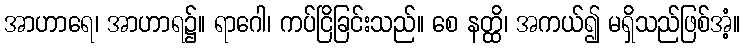
အာဟာရေ၊ အာဟာရ၌။ ရာဂေါ၊ ကပ်ငြိခြင်းသည်။ စေ နတ္ထိ၊ အကယ်၍ မရှိသည်ဖြစ်အံ့။